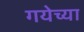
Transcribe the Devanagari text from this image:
गयेच्या